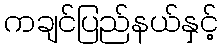
ကချင်ပြည်နယ်နှင့်